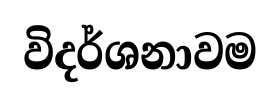
විදර්ශනාවම